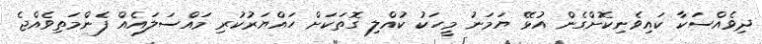
ދިވެއްސަކާ ކައިވެނިކޮށްގެން އުޅޭ ޔަމަނު މީހަކު ކުއްލި ގޮތަކަށް ހައްޔަރުކުރި މައްސަލައެއް ފެންމަތިވެއްޖެ